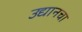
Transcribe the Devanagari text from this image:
उद्यानचा